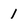
Character: 1